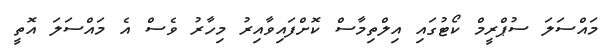
މައްސަލަ ސުޕްރީމް ކޯޓުގައި އިލްތިމާސް ކޮށްފައިވާއިރު މިހާރު ވެސް އެ މައްސަލަ އޮތީ